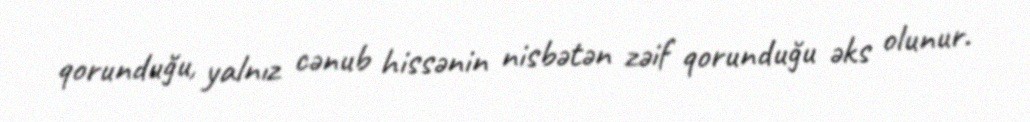
qorunduğu, yalnız cənub hissənin nisbətən zəif qorunduğu əks olunur.